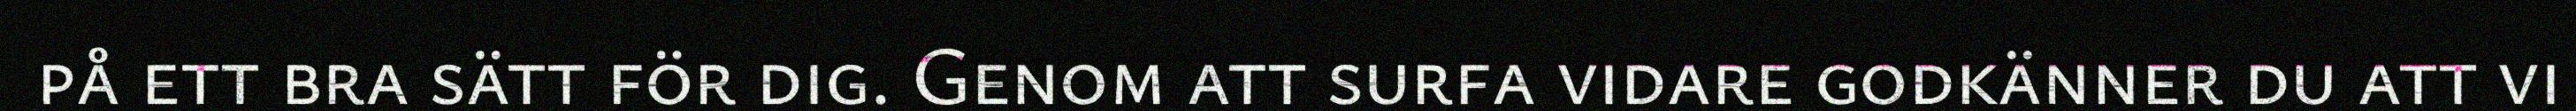
på ett bra sätt för dig. Genom att surfa vidare godkänner du att vi